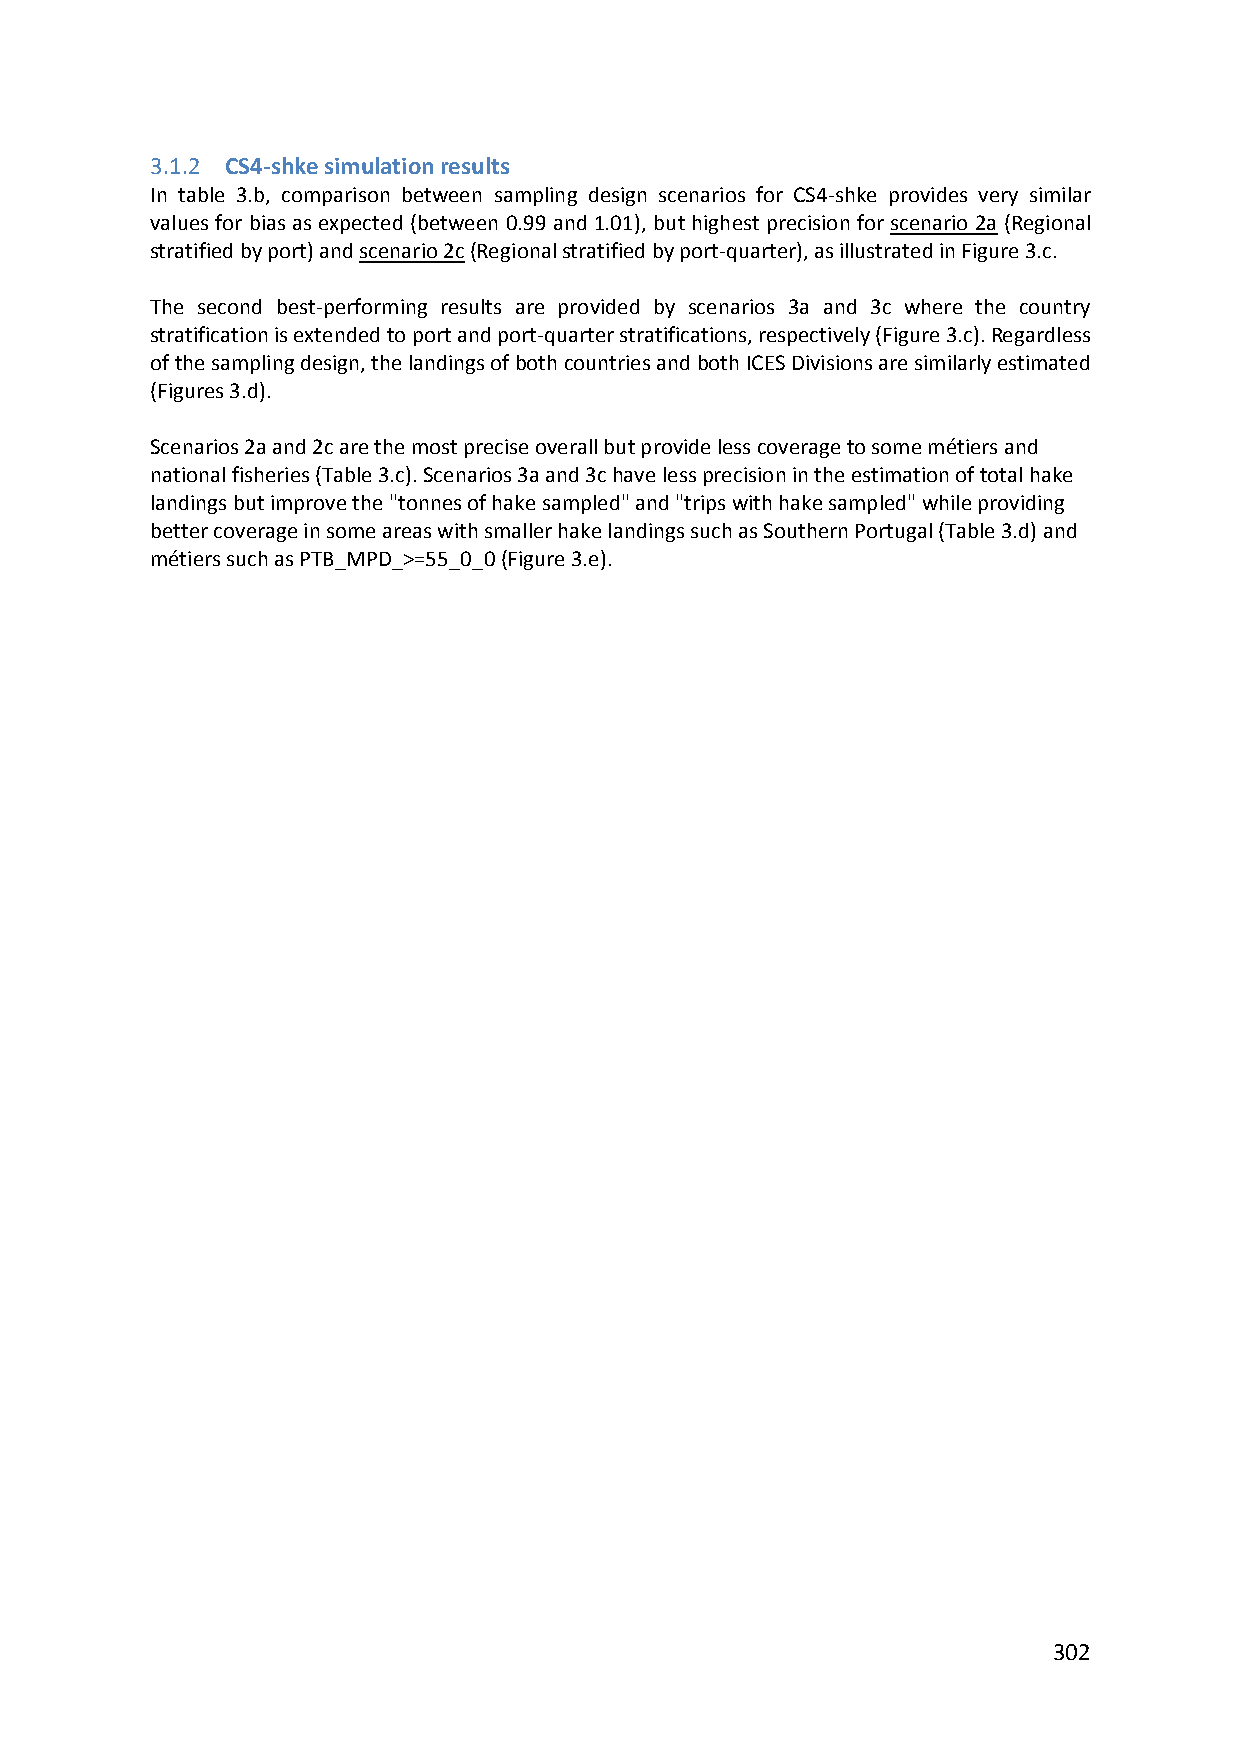
3.1.2 CS4‐shke simulation results
 In table 3.b, comparison between sampling design scenarios for CS4‐shke provides very similar
 values for bias as expected (between 0.99 and 1.01), but highest precision for scenario 2a (Regional
 stratified by port) and scenario 2c (Regional stratified by port‐quarter), as illustrated in Figure 3.c.
 The second best‐performing results are provided by scenarios 3a and 3c where the country
 stratification is extended to port and port‐quarter stratifications, respectively (Figure 3.c). Regardless
 of the sampling design, the landings of both countries and both ICES Divisions are similarly estimated
 (Figures 3.d).
 Scenarios 2a and 2c are the most precise overall but provide less coverage to some métiers and
 national fisheries (Table 3.c). Scenarios 3a and 3c have less precision in the estimation of total hake
 landings but improve the "tonnes of hake sampled" and "trips with hake sampled" while providing
 better coverage in some areas with smaller hake landings such as Southern Portugal (Table 3.d) and
 métiers such as PTB_MPD_>=55_0_0 (Figure 3.e).
 302